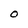
Character: O